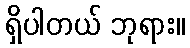
ရှိပါတယ် ဘုရား။